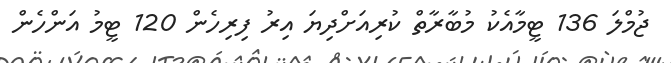
ޖުމްލަ 136 ޓީމާއެކު މުބާރާތް ކުރިއަށްދިޔަ އިރު ފިރިހެން 120 ޓީމު އަންހެން